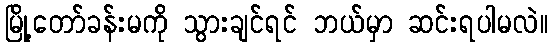
မြို့တော်ခန်းမကို သွားချင်ရင် ဘယ်မှာ ဆင်းရပါမလဲ။